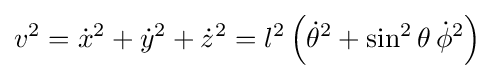
v^{2}={\dot {x}}^{2}+{\dot {y}}^{2}+{\dot {z}}^{2}=l^{2}\left({\dot {\theta }}^{2}+\sin ^{2}\theta \,{\dot {\phi }}^{2}\right)